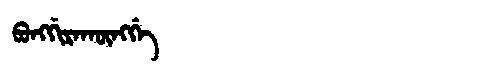
Manchu: ᠪᠣᠩᡤᡳᡵᠠᡴᡡᠩᡤᡝ
Romanization: BONGGIRAKŪNGGE